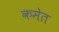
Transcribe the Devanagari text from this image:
कमेत